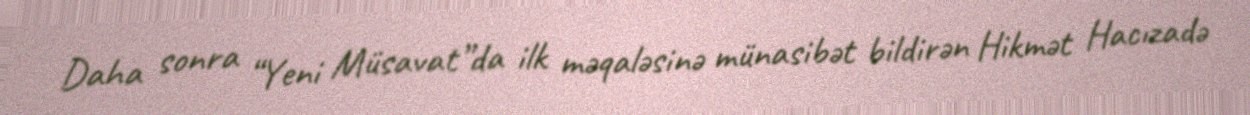
Daha sonra “Yeni Müsavat”da ilk məqaləsinə münasibət bildirən Hikmət Hacızadə